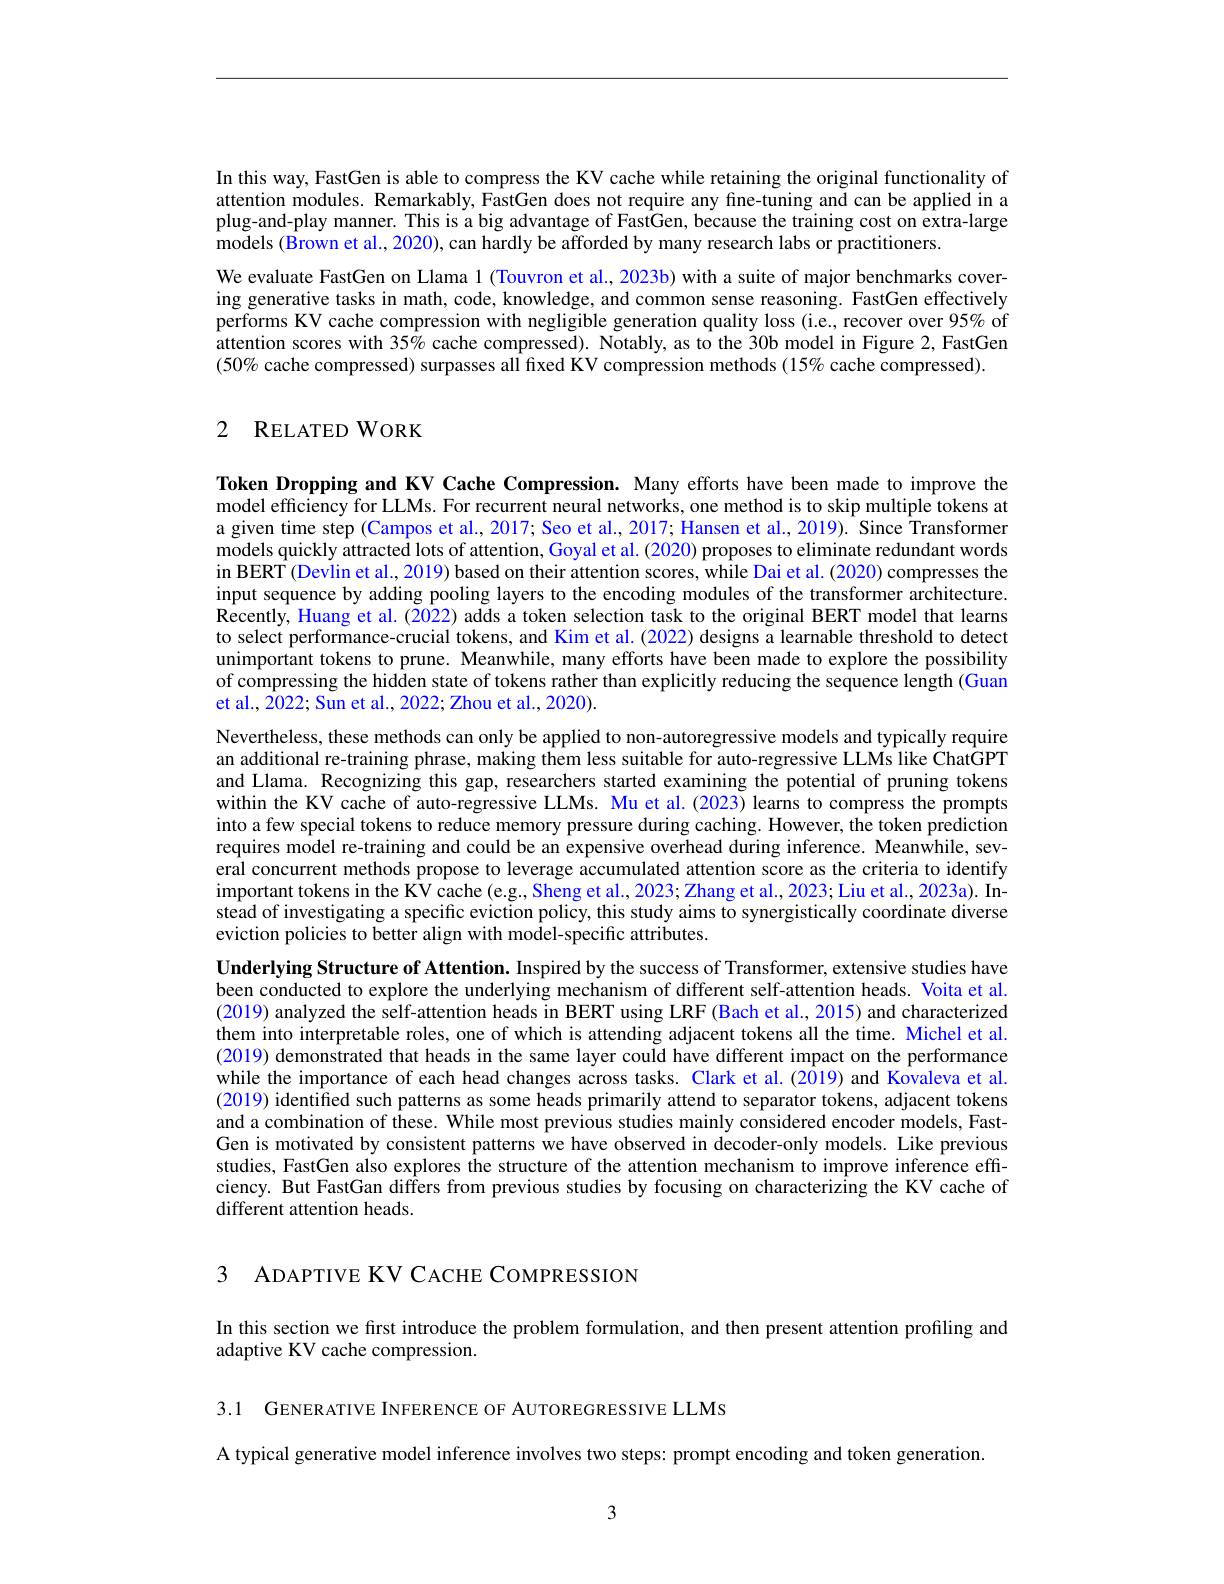
In this way, FastGen is able to compress the KV cache while retaining the original functionality of attention modules. Remarkably, FastGen does not require any fine-tuning and can be applied in a plug-and-play manner. This is a big advantage of FastGen, because the training cost on extra-large models (Brown et al., 2020), can hardly be afforded by many research labs or practitioners.

We evaluate FastGen on Llama 1 (Touvron et al., 2023b) with a suite of major benchmarks covering generative tasks in math, code, knowledge, and common sense reasoning. FastGen effectively performs KV cache compression with negligible generation quality loss (i.e., recover over 95% of attention scores with 35% cache compressed). Notably, as to the 30b model in Figure 2, FastGen $(50\%$ cache compressed) surpasses all fixed KV compression methods (15% cache compressed).

## 2 RELATED WORK

Token Dropping and KV Cache Compression. Many efforts have been made to improve the model efficiency for LLMs. For recurrent neural networks, one method is to skip multiple tokens at a given time step (Campos et al., 2017; Seo et al., 2017; Hansen et al., 2019). Since Transformer models quickly attracted lots of attention, Goyal et al. (2020) proposes to eliminate redundant words in BERT (Devlin et al., 2019) based on their attention scores, while Dai et al. (2020) compresses the input sequence by adding pooling layers to the encoding modules of the transformer architecture. Recently, Huang et al. (2022) adds a token selection task to the original BERT model that learns to select performance-crucial tokens, and Kim et al. (2022) designs ă learnable threshold to detect unimportant tokens to prune. Meanwhile, many efforts have been made to explore the possibility of compressing the hidden state of tokens rather than explicitly reducing the sequence length (Guan et al., 2022; Sun et al., 2022; Zhou et al., 2020).

Nevertheless, these methods can only be applied to non-autoregressive models and typically require an additional re-training phrase, making them less suitable for auto-regressive LLMs like ChatGPT and Llama. Recognizing this gap, researchers started examining the potential of pruning tokens within the KV cache of auto-regressive LLMs. Mu et al.(2023) learns to compress the prompts into a few special tokens to reduce memory pressure during caching. However, the token prediction requires model re-training and could be an expensive overhead during inference. Meanwhile, several concurrent methods propose to leverage accumulated attention score as the criteria to identify important tokens in the KV cache (e.g., Sheng et al., 2023; Zhang et al., 2023; Liu et al., 2023a). Instead of investigating a specific eviction policy, this study aims to synergistically coordinate diverse eviction policies to better align with model-specific attributes.
Underlying Structure of Attention. Inspired by the success of Transformer, extensive studies have been conducted to explore the underlying mechanism of different self-attention heads. Voita et al. (2019) analyzed the self-attention heads in BERT using LRF (Bach et al., 2015) and characterized them into interpretable roles, one of which is attending adjacent tokens all the time. Michel et al. (2019) demonstrated that heads in the same layer could have different impact on the performance while the importance of each head changes across tasks. Clark et al.(2019) and Kovaleva et al. (2019) identified such patterns as some heads primarily attend to separator tokens, adjacent tokens and a combination of these. While most previous studies mainly considered encoder models, FastGen is motivated by consistent patterns we have observed in decoder-only models. Like previous studies, FastGen also explores the structure of the attention mechanism to improve inference effciency. But FastGan differs from previous studies by focusing on characterizing the KV cache of different attention heads.

3 ADAPTIVE KV CACHE COMPRESSION

In this section we first introduce the problem formulation, and then present attention profiling and
adaptive KV cache compression.

3.1 GENERATIVE INFERENCE OF AUTOREGRESSIVE LLMS
A typical generative model inference involves two steps: prompt encoding and token generation.

3